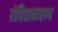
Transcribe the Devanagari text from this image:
रोहिताकारण्य